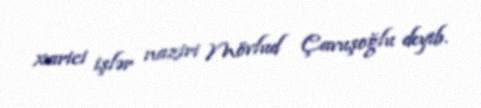
xarici işlər naziri Mövlud Çavuşoğlu deyib.